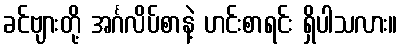
ခင်ဗျားတို့ အင်္ဂလိပ်စာနဲ့ ဟင်းစာရင်း ရှိပါသလား။